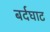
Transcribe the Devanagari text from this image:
बर्दघाट